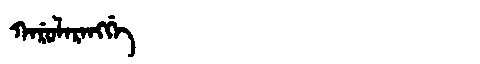
Manchu: ᡴᠠᡵᡠᠯᠠᡵᠠᠩᡤᡝ
Romanization: KARULARANGGE